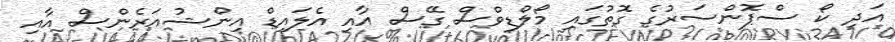
އަދި ކޯ ސްޕޮންސަރުގެ ގޮތުގައި މޯލްޑިވްސް ގޭސް އާއި އެލައިޑް އިންޝުއަރެންސް އާއި